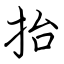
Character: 抬